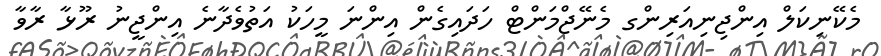
މެކޭނިކަލް އިންޖިނިއަރިންގ މެނޭޖްމަންޓް ހަދައިގެން އިންނަ މީހަކު އަތުވެދާނެ އިންޖީނު ރޫޅާ ރާވާ